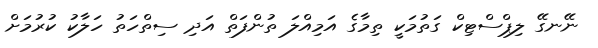
ނޭނގޭ ލިޕްސްޓިކް ގަތުމަކީ ތިމާގެ އަމިއްލަ ތުންފަތް އަދި ސިތްހަތު ހަލާކު ކުރުމަށް